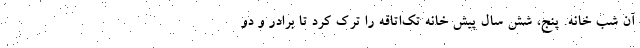
آن شب خانه. پنج‌، شش سال پیش خانه تک‌اتاقه را ترک کرد تا برادر و دو